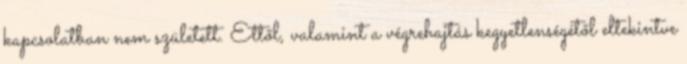
kapcsolatban nem született. Ettől, valamint a végrehajtás kegyetlenségétől eltekintve